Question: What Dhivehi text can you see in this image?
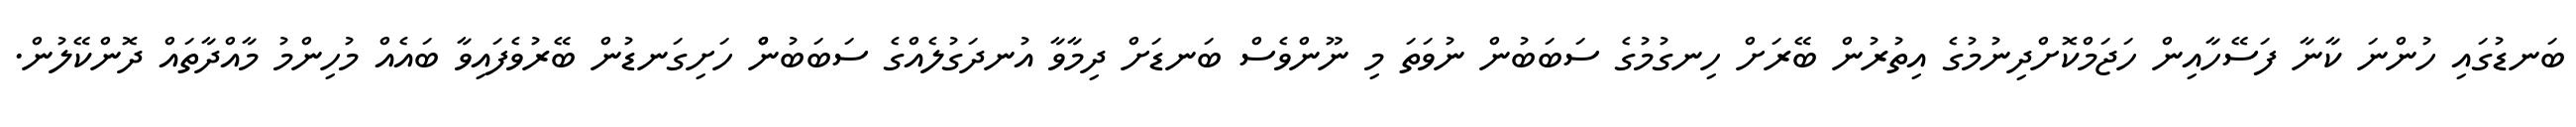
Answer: ބަނޑުގައި ހުންނަ ކާނާ ފަސޭހާއިން ހަޖަމްކޮށްދިނުމުގެ އިތުރުން ބޭރަށް ހިނގުމުގެ ސަބަބުން ނުވަތަ މި ނޫންވެސް ބަނޑަށް ދިމާވާ އުނދަގުލެއްގެ ސަބަބުންް ހަށިގަނޑުން ބޭރުވެފައިވާ ބައެއް މުހިންމު މާއްދާތައް ދޮންކޭލުން.